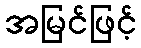
အမြင်ဖြင့်